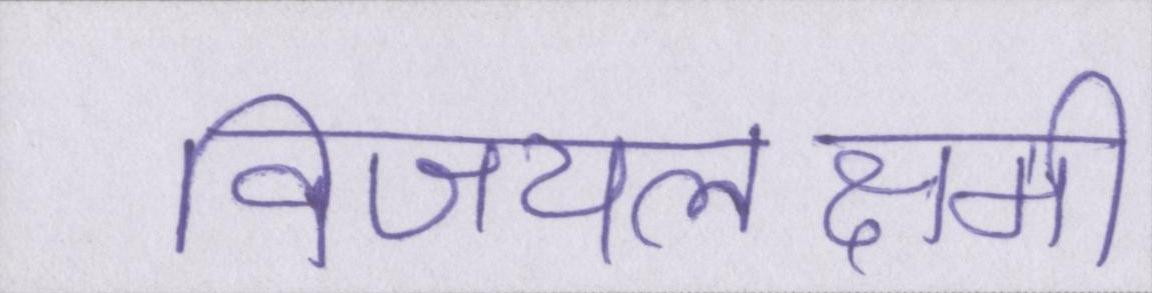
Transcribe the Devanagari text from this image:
विजयलक्ष्मी